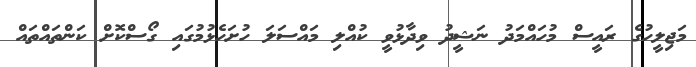
މަޖިލީހުގެ ރައީސް މުހައްމަދު ނަޝީދު ވިދާޅުވީ ކުއްލި މައްސަލަ ހުށަހެޅުމުގައި ގޯސްކޮށް ކަންތައްތައް